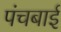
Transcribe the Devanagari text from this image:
पंचबाई